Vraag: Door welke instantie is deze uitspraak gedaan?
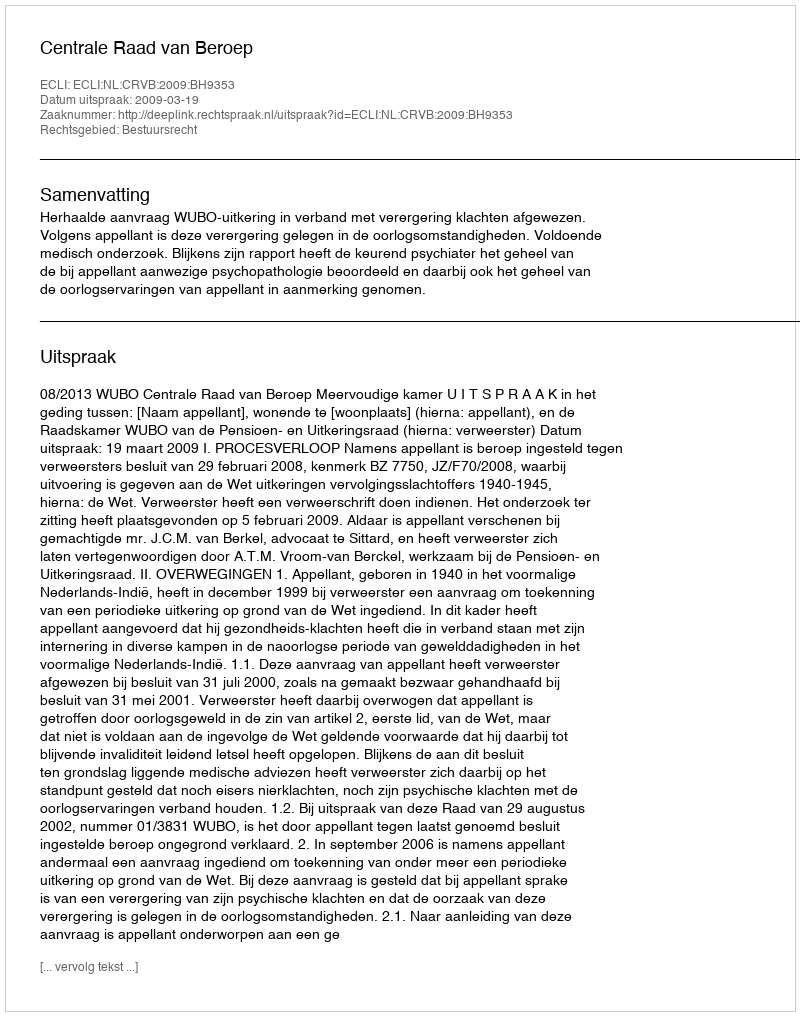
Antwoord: Centrale Raad van Beroep